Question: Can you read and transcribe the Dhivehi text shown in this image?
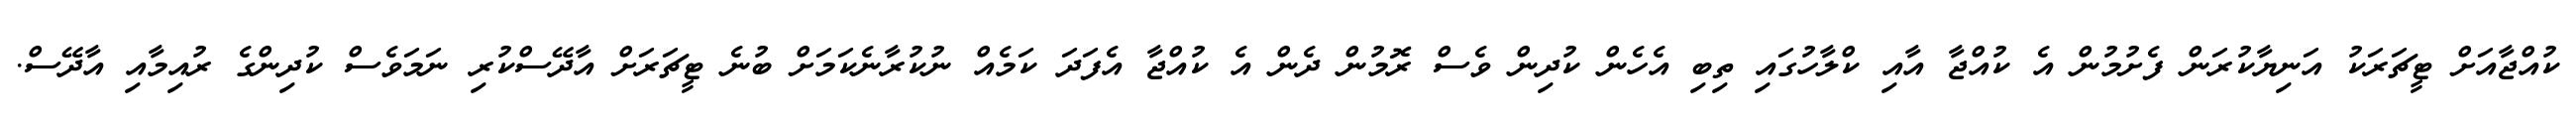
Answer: ކުއްޖާއަށް ޓީޗަރަކު އަނިޔާކުރަން ފެށުމުން އެ ކުއްޖާ އާއި ކްލާހުގައި ތިބި އެހެން ކުދިން ވެސް ރޮމުން ދެން އެ ކުއްޖާ އެފަދަ ކަމެއް ނުކުރާނެކަމަށް ބުނެ ޓީޗަރަށް އާދޭސްކުރި ނަމަވެސް ކުދިންގެ ރުއިމާއި އާދޭސް.